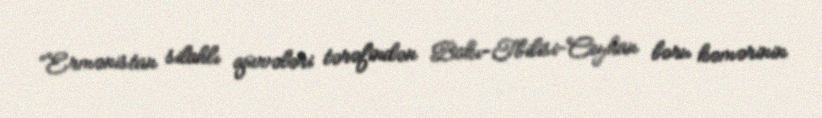
“Ermənistan silahlı qüvvələri tərəfindən Bakı-Tbilisi-Ceyhan boru kəmərinin